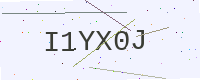
Text: I1YX0J